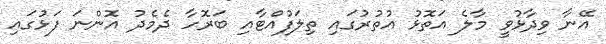
އޭނާ ވިދާޅުވީ މާލެ އަތޮޅު އުތުރުގައި ތިލަފުއްޓާއި ބަރޮހާ ދެމެދު އޮންނަ ފަޅުގައި